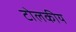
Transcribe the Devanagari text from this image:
टोलकीय